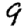
Digit: 9